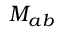
M _ { a b }